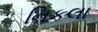
નિકલા